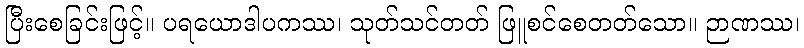
ပြီးစေခြင်းဖြင့်။ ပရယောဒါပကဿ၊ သုတ်သင်တတ် ဖြူစင်စေတတ်သော။ ဉာဏဿ၊